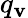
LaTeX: q_{\mathbf{v}}